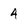
Character: 4